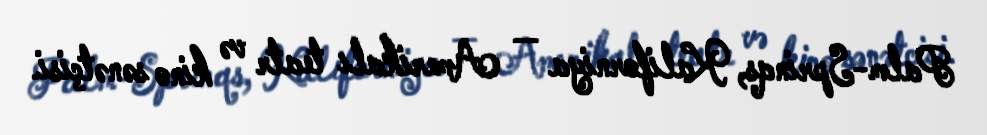
Palm-Sprinqs, Kaliforniya — Amerikalı teatr və kino sənətçisi.